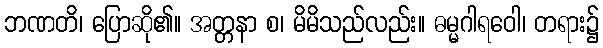
ဘဏတိ၊ ပြောဆို၏။ အတ္တနာ စ၊ မိမိသည်လည်း။ ဓမ္မဂါရဝေါ၊ တရား၌